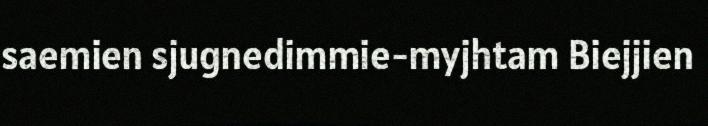
saemien sjugnedimmie-myjhtam Biejjien